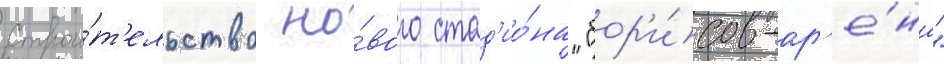
Строи́т'ельство но́вого стад'ио́на "бор'и́сов-ар'е́на"